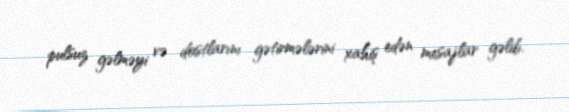
pulsuz gəlməyi və dostlarını gətirmələrini xahiş edən mesajlar gəlib.